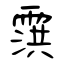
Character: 霟